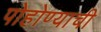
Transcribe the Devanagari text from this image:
पोहोण्याची